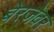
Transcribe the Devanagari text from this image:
बेरजेवर